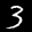
Label: 3